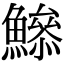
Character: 𩻦